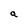
Character: a